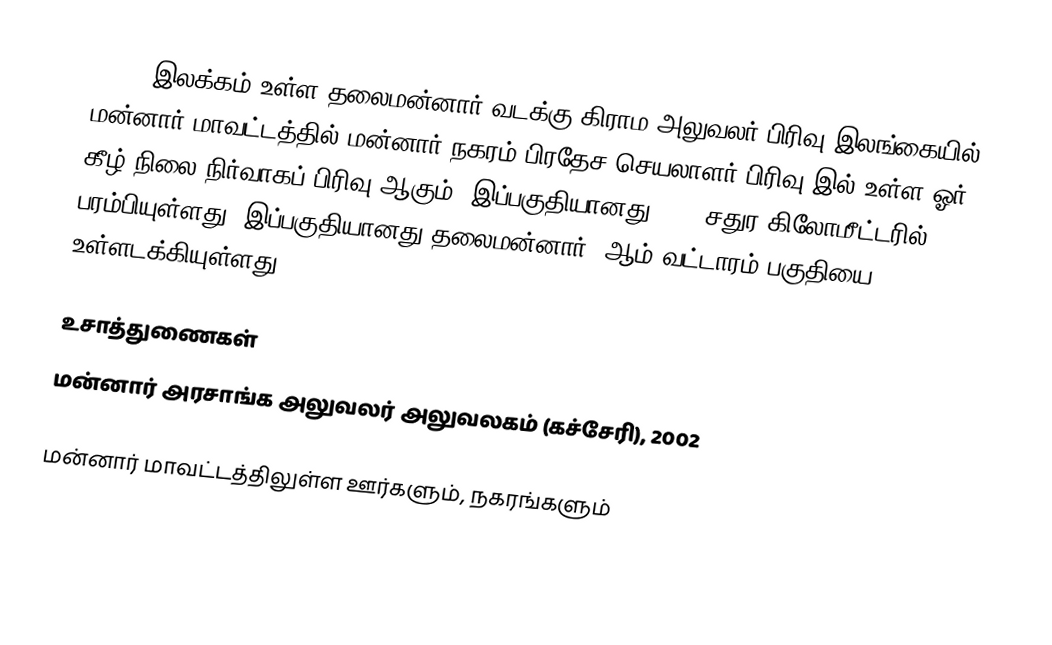
MN/49 இலக்கம் உள்ள தலைமன்னார் வடக்கு கிராம அலுவலர் பிரிவு இலங்கையில் மன்னார் மாவட்டத்தில் மன்னார் நகரம் பிரதேச செயலாளர் பிரிவு இல் உள்ள ஓர் கீழ் நிலை நிர்வாகப் பிரிவு ஆகும். இப்பகுதியானது 4.68 சதுர கிலோமீட்டரில் பரம்பியுள்ளது. இப்பகுதியானது தலைமன்னார் 5ஆம் வட்டாரம் பகுதியை உள்ளடக்கியுள்ளது.

உசாத்துணைகள்
மன்னார் அரசாங்க அலுவலர் அலுவலகம் (கச்சேரி), 2002

மன்னார் மாவட்டத்திலுள்ள ஊர்களும், நகரங்களும்